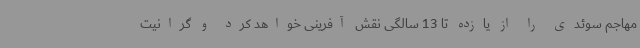
مهاجم سوئدی را از یازده تا 13 سالگی نقش آفرینی خواهد کرد و گرانیت